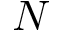
N